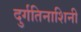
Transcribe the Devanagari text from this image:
दुर्गतिनाशिनी